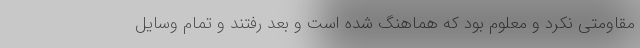
مقاومتی نکرد و معلوم بود که هماهنگ شده است و بعد رفتند و تمام وسایل